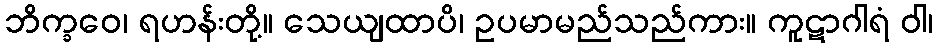
ဘိက္ခဝေ၊ ရဟန်းတို့။ သေယျထာပိ၊ ဥပမာမည်သည်ကား။ ကူဋာဂါရံ ဝါ၊